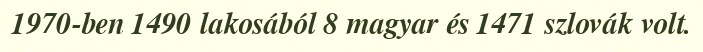
1970-ben 1490 lakosából 8 magyar és 1471 szlovák volt.